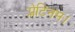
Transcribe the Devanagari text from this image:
प्लेटिनम।